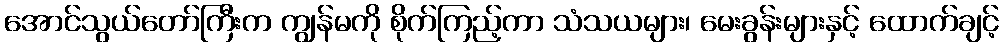
အောင်သွယ်တော်ကြီးက ကျွန်မကို စိုက်ကြည့်ကာ သံသယများ၊ မေးခွန်းများနှင့် ထောက်ချင့်